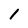
Character: I